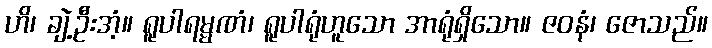
ဟိ၊ ချဲ့ဦးအံ့။ ရူပါရမ္မဏံ၊ ရူပါရုံဟူသော အာရုံရှိသော။ ဇဝနံ၊ ဇောသည်။